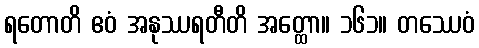
ရတောတိ ဧဝံ အနုဿရတီတိ အတ္ထော။ ၁၆၁။ တဿေဝံ